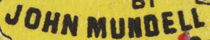
JOHN MUNDELL